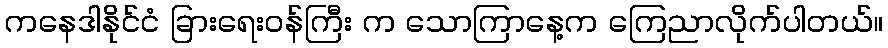
ကနေဒါနိုင်ငံ ခြားရေးဝန်ကြီး က သောကြာနေ့က ကြေညာလိုက်ပါတယ်။